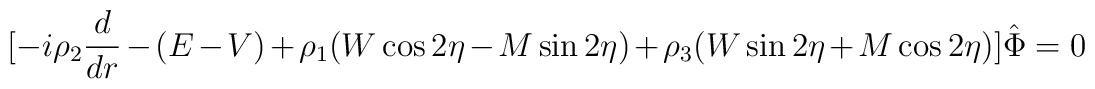
\lbrack-i\rho_2{d\over dr}-(E-V)+\rho_1(W\cos 2\eta-M\sin 2\eta)+\rho_3(W\sin 2\eta+M\cos 2\eta)\rbrack\hat\Phi=0